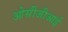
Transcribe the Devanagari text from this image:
ओसीजीआई